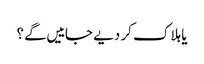
یا ہلاک کر دیے جاییں گے ؟